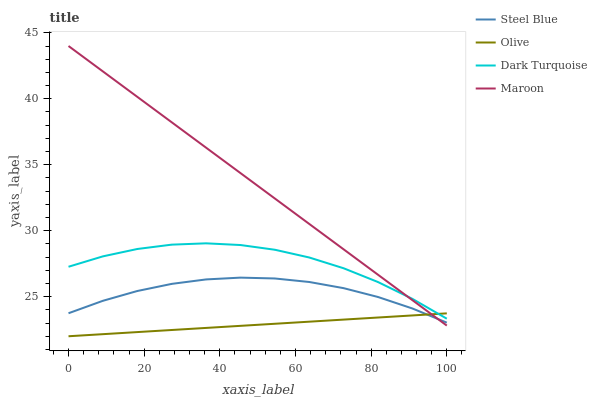
| xaxis_label | Steel Blue | Olive | Dark Turquoise | Maroon |
 | --- | --- | --- | --- | --- |
 | 0 | 23.7 | 22 | 27.3 | 44 |
 | 9.09 | 24.7 | 22.2 | 28.1 | 42.1 |
 | 18.2 | 25.4 | 22.3 | 28.6 | 40.1 |
 | 27.3 | 26 | 22.5 | 28.9 | 38.2 |
 | 36.4 | 26.3 | 22.6 | 29 | 36.3 |
 | 45.5 | 26.4 | 22.8 | 28.9 | 34.4 |
 | 54.5 | 26.4 | 22.9 | 28.6 | 32.4 |
 | 63.6 | 26.1 | 23.1 | 28 | 30.5 |
 | 72.7 | 25.6 | 23.3 | 27.2 | 28.6 |
 | 81.8 | 25 | 23.4 | 26.1 | 26.7 |
 | 90.9 | 24.1 | 23.6 | 24.8 | 24.7 |
 | 100 | 23 | 23.7 | 23.3 | 22.8 |